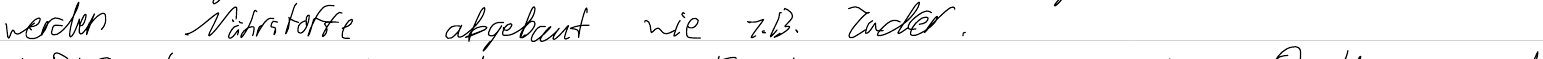
werden Nährstoffe abgebaut wie z.B. Zucker.